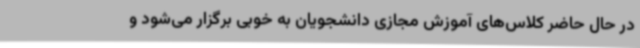
در حال حاضر کلاس‌های آموزش مجازی دانشجویان به خوبی برگزار می‌شود و